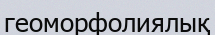
геоморфолиялық